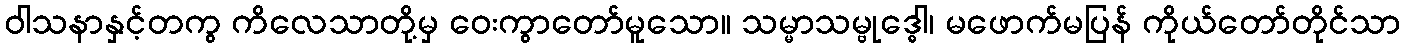
ဝါသနာနှင့်တကွ ကိလေသာတို့မှ ဝေးကွာတော်မူသော။ သမ္မာသမ္ဗုဒ္ဓေါ၊ မဖောက်မပြန် ကိုယ်တော်တိုင်သာ